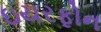
ઇયરફોન